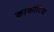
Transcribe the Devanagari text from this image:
काकाटिया